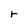
Character: r